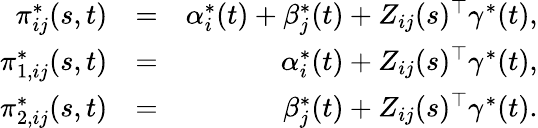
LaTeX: \begin{array}{rlr}{\pi_{ij}^{*}(s,t)}&{=}&{\alpha_{i}^{*}(t)+\beta_{j}^{*}(t)+Z_{ij}(s)^{\top}\gamma^{*}(t),}\\ {\pi_{1,ij}^{*}(s,t)}&{=}&{\alpha_{i}^{*}(t)+Z_{ij}(s)^{\top}\gamma^{*}(t),}\\ {\pi_{2,ij}^{*}(s,t)}&{=}&{\beta_{j}^{*}(t)+Z_{ij}(s)^{\top}\gamma^{*}(t).}\end{array}